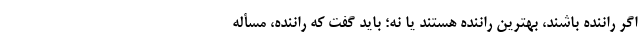
اگر راننده باشند، بهترین راننده هستند یا نه؛ باید گفت که راننده، مسأله